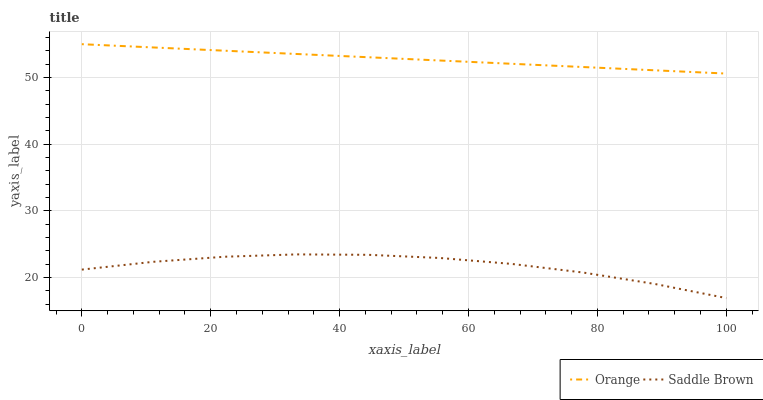
| xaxis_label | Orange | Saddle Brown |
 | --- | --- | --- |
 | 0 | 55 | 21.2 |
 | 11.1 | 54.5 | 22.3 |
 | 22.2 | 54 | 23.1 |
 | 33.3 | 53.5 | 23.5 |
 | 44.4 | 53 | 23.4 |
 | 55.6 | 52.6 | 22.9 |
 | 66.7 | 52.1 | 22 |
 | 77.8 | 51.6 | 20.7 |
 | 88.9 | 51.1 | 19 |
 | 100 | 50.6 | 16.9 |